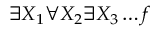
\exists X _ { 1 } \forall X _ { 2 } \exists X _ { 3 } \ldots f